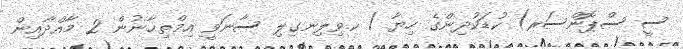
ސީ ސްޕޮންސަރ) ކުޑަކުދިންގެ ހިޔާ / ކ.ވިލިނގިލި ސާނަވީ އިމްތިޙާނުން 2 މާއްދާއިން